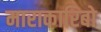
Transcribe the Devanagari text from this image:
माराकारिबो